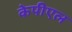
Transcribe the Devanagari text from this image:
केपीएल